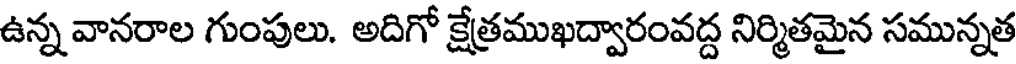
ఉన్న వానరాల గుంపులు. అదిగో క్షేత్రముఖద్వారంవద్ద నిర్మితమైన సమున్నత